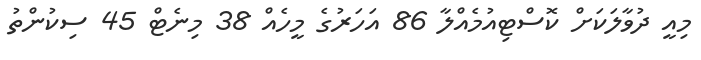
މިއީ ދުވާލަކަށް ކޮސްޓިއުމެއްލާ 86 އަހަރުގެ މީހެއް 38 މިނެޓް 45 ސިކުންތު